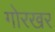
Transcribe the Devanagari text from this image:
गोरखर